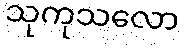
သုကုသလော